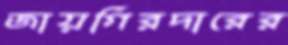
জায়গিরদারের